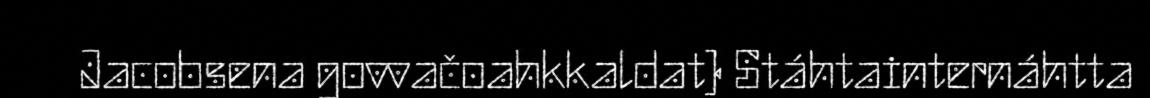
Jacobsena govvačoahkkaldat) Stáhtainternáhtta